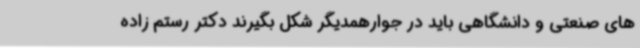
های صنعتی و دانشگاهی باید در جوارهمدیگر شکل بگیرند دکتر رستم زاده